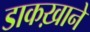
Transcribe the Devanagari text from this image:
डाकख़ाने